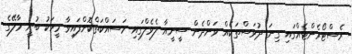
ރެސްޓޯރެންޓެއްގައި ގިނަ ދުވަސްތަކެއް ވަންދެން ސީނީއާ ލެވެލްގައި މަސައްކަތްކޮށްފައިވާ މީހަކު ބުނީ މާލޭގެ